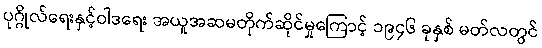
ပုဂ္ဂိုလ်ရေးနှင့်ဝါဒရေး အယူအဆမတိုက်ဆိုင်မှုကြောင့် ၁၉၄၆ ခုနှစ် မတ်လတွင်